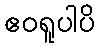
ဧဝရူပါပိ